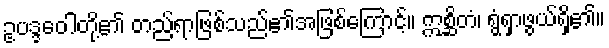
ဥပဒ္ဒဝေါတို့၏ တည်ရာဖြစ်သည်၏အဖြစ်ကြောင့်။ ဣစ္ဆိတံ၊ ရွံရှာဖွယ်ရှိ၏။